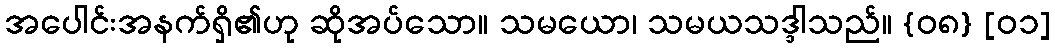
အပေါင်းအနက်ရှိ၏ဟု ဆိုအပ်သော။ သမယော၊ သမယသဒ္ဒါသည်။ {၀၈} [၀၁]